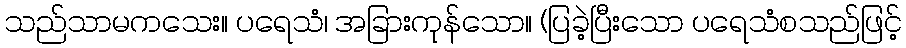
သည်သာမကသေး။ ပရေသံ၊ အခြားကုန်သော။ (ပြခဲ့ပြီးသော ပရေသံစသည်ဖြင့်